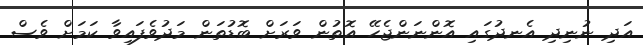
އަދި ނުނިދި އެނދުގައި އޮންނަންޖެހޭ އޮތުން ވަރަށް ބޮޑުތަން މަދުވެފައިވާ ކަމަށް ވެސް